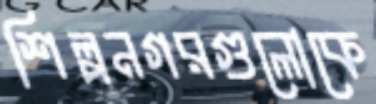
শিল্পনগরগুলোকে